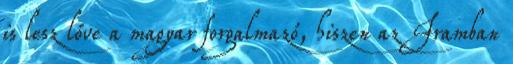
is lesz lőve a magyar forgalmazó, hiszen az Iramban